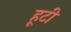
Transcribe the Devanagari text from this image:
हूटी